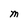
Character: M